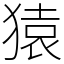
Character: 猿